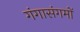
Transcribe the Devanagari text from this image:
गंगासंगमों